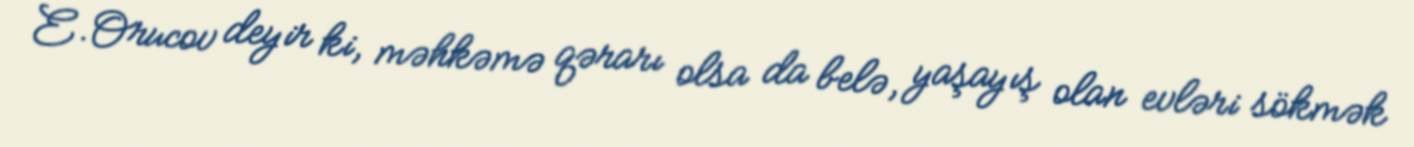
E.Orucov deyir ki, məhkəmə qərarı olsa da belə, yaşayış olan evləri sökmək